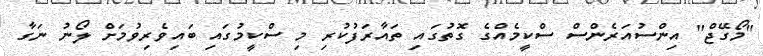
"މޯގޭޖް" އިންސުއަރެންސް ސްކީމެއްގެ ގޮތުގައި ތައާރަފުކުރި މި ސްކީމުގައި ބައިވެރިވުމަށް ލޯނު ނަގާ